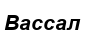
Вассал